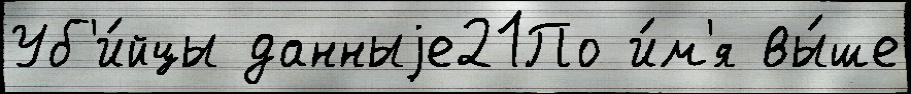
Уб'и́йцы данныjе21По и́м'я вы́ше